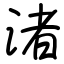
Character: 渚